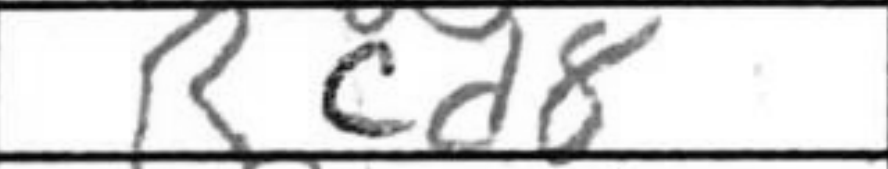
Transcription: Rcd8